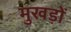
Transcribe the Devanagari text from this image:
मुखड़ों